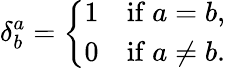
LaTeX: \delta_{b}^{a}={\left\{ \begin{array}{ll}{1}&{{\mathrm{if~}}a=b,}\\ {0}&{{\mathrm{if~}}a\neq b.}\end{array}\right.}